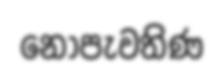
නොපැවතිණ